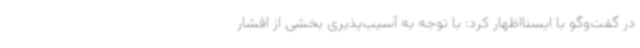
در گفت‌وگو با ایسنااظهار کرد: با توجه به آسیب‌پذیری بخشی از اقشار